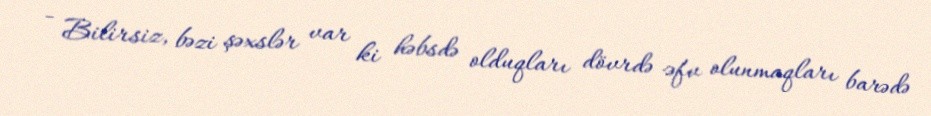
- Bilirsiz, bəzi şəxslər var ki həbsdə olduqları dövrdə əfv olunmaqları barədə